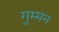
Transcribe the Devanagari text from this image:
गुम्मन